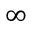
\infty